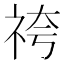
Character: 𮁯